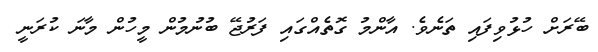
ބޭރަށް ހުޅުވިފައި ތަނެވެ. އާންމު ގޮތެއްގައި ފަރުޖޭ ބުނުމުން މީހުން މާނަ ކުރަނީ